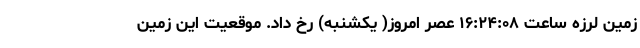
زمین لرزه ساعت ۱۶:۲۴:۰۸ عصر امروز( یکشنبه) رخ داد. موقعیت این زمین